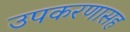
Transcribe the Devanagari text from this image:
उपकरणासह